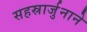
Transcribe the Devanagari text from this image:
सहस्रार्जुनाने